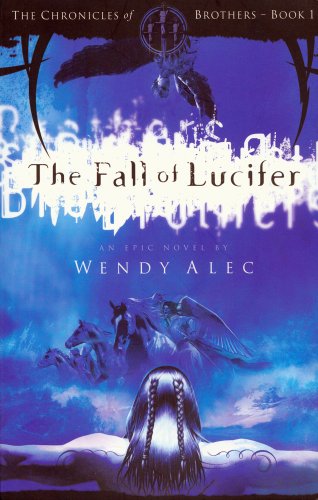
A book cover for The Fall of Lucifer (The Chronicles of Brothers); Wendy Alec; Christian Books & Bibles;